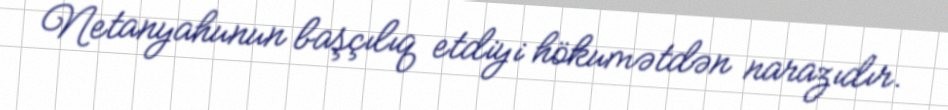
Netanyahunun başçılıq etdiyi hökumətdən narazıdır.